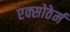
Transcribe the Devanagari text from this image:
एक्सोठेर्म